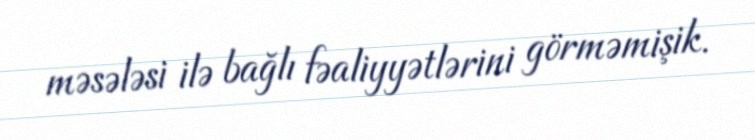
məsələsi ilə bağlı fəaliyyətlərini görməmişik.